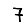
Digit: 7